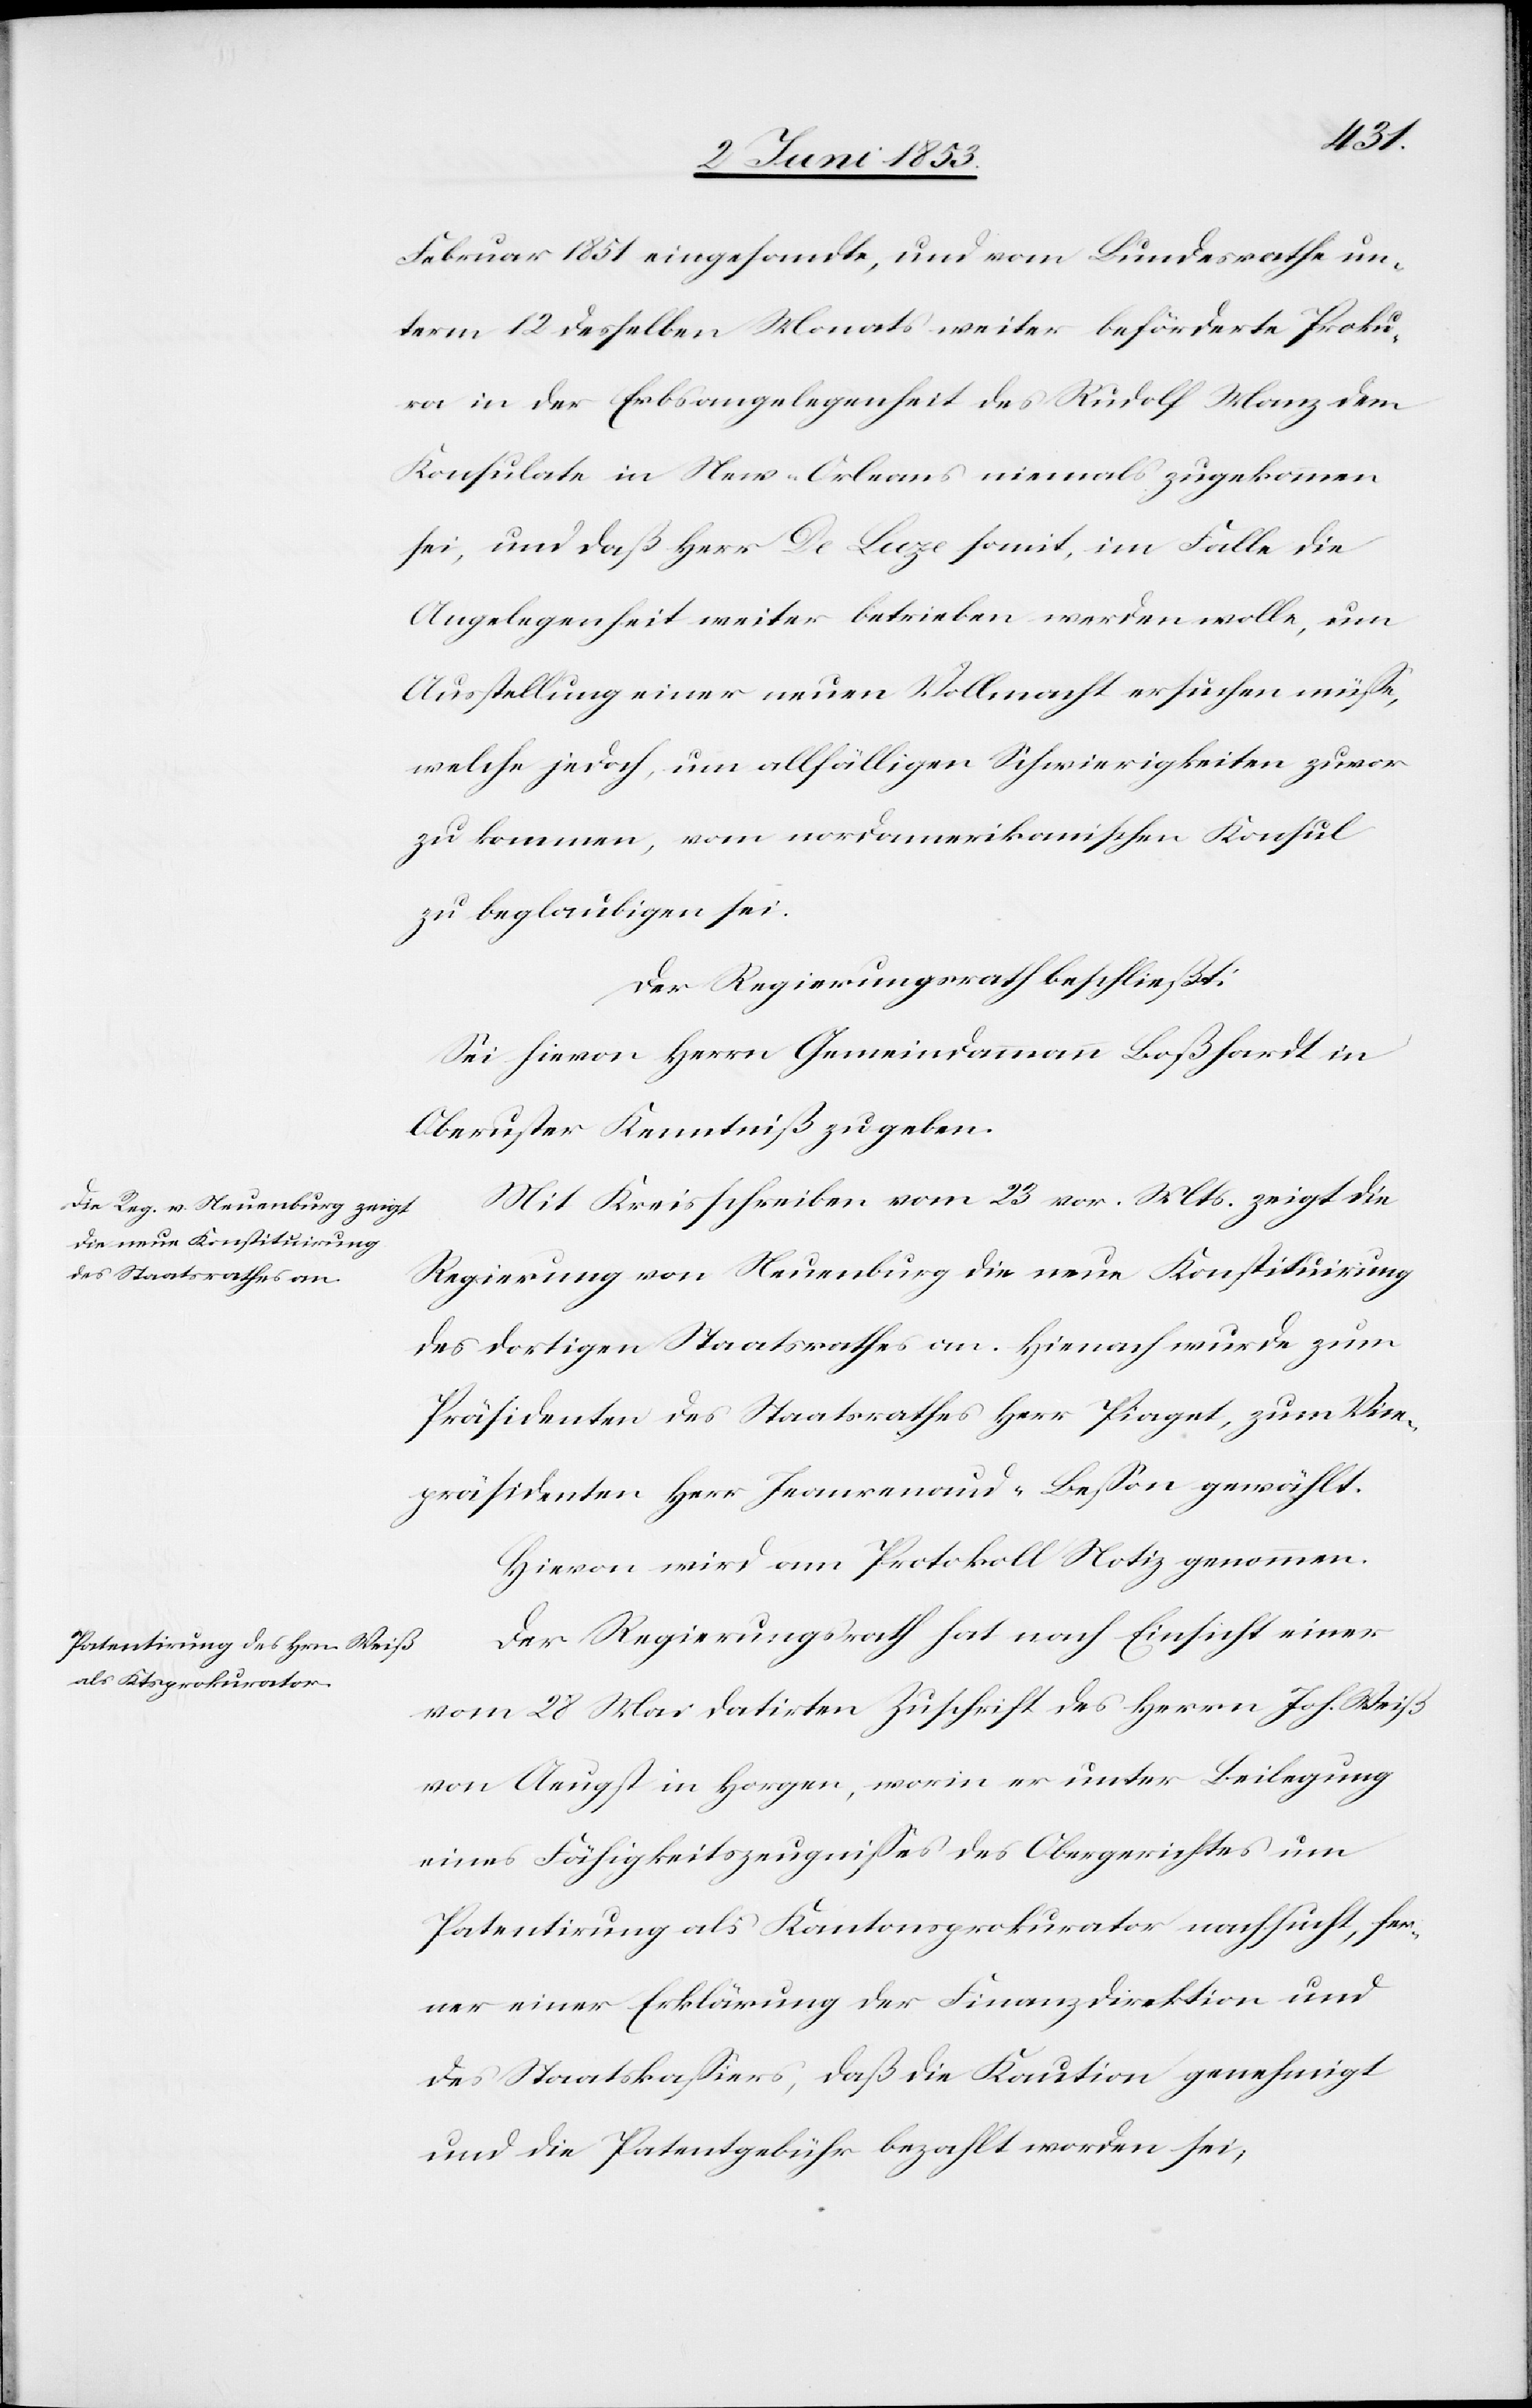
Februar 1851 eingesandte, und vom Bundesrathe un¬
term 12 desselben Monats weiter beförderte Proku¬
ra in der Erbsangelegenheit des Rudolf Manz dem
Konsulate in New-Orleans niemals zugekommen
sei, und daß Herr De Laze somit, im Falle die
Angelegenheit weiter betrieben werden wolle, um
Ausstellung einer neuen Vollmacht ersuchen müße,
welche jedoch, um allfälligen Schwierigkeiten zuvor
zu kommen, vom nordamerikanischen Konsul
zu beglaubigen sei.
Der Regierungsrath beschließt:
Sei hievon Herrn Gemeindammann Boßhardt in
Oberuster Kenntniß zu geben.
Mit Kreisschreiben vom 23 vor. Mts. zeigt die
Regierung von Neuenburg die neue Konstituirung
des dortigen Staatsrathes an. Hienach wurde zum
Präsidenten des Staatsrathes Herr Piaget, zum Vice¬
präsidenten Herr Jeanrenaud-Beßon gewählt.
Hievon wird am Protokoll Notiz genommen.
Der Regierungsrath hat nach Einsicht einer
vom 28 Mai datirten Zuschrift des Herrn Joh. Weiß
von Aeugst in Horgen, worin er unter Beilegung
eines Fähigkeitszeugnißes des Obergerichtes um
Patentirung als Kantonsprokurator nachsucht, fer¬
ner eine Erklärung der Finanzdirektion und
des Staatskaßiers, daß die Kaution genehmigt
und die Patentgebühr bezahlt worden sei,